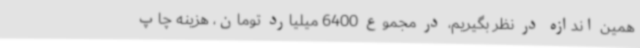
همین اندازه در نظر بگیریم، در مجموع 6400 میلیارد تومان، هزینه چاپ